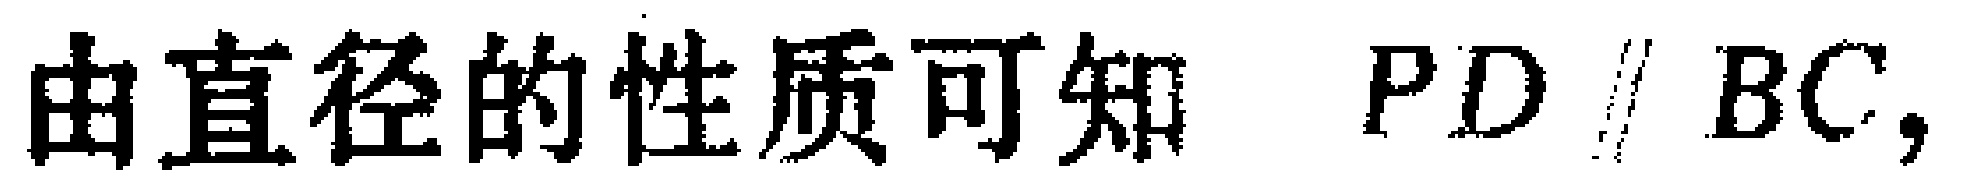
由直径的性质可知 \(PD \parallel BC,\)